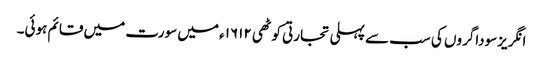
انگریزسوداگروں کی سب سے پہلی تجارتی کوٹھی ۱۶۱۲ء میں سورت میں قائم ہوئی۔